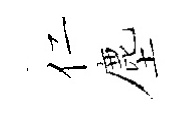
仁塵